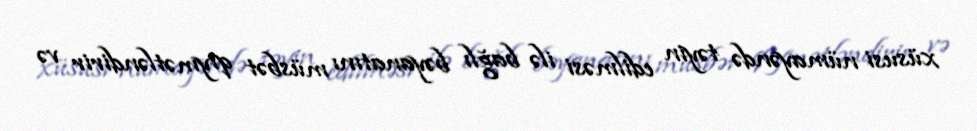
xüsusi nümayəndə təyin edilməsi ilə bağlı bəyanatını müsbət qiymətləndirir və